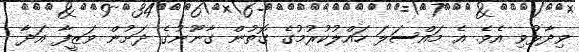
ވިދާޅުވި އެވެ. އެ މައްސަލަ ހައްލުކުރުމުގެ ގޮތުން ގާނޫނުގެ ދަށުން ވަޒީފާ އަދާ